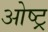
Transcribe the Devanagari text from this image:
ओष्ट्र